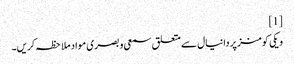
[1]
ویکی کومنز پر دانیال سے متعلق سمعی و بصری مواد ملاحظہ کریں۔